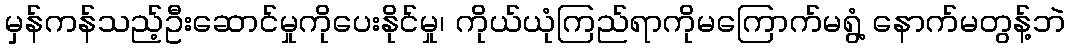
မှန်ကန်သည့်ဦးဆောင်မှုကိုပေးနိုင်မှု၊ ကိုယ်ယုံကြည်ရာကိုမကြောက်မရွံ့ နောက်မတွန့်ဘဲ